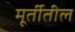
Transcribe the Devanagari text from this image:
मूर्तीतील